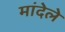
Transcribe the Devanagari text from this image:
मांदेले